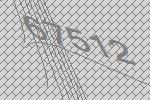
67512